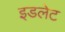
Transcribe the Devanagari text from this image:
इडलेट